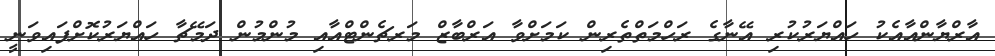
އާރްޔާންއާއެކު ހައްޔަރުކުރި އޭނާގެ ރަހްމަތްތެރިން ކަމަށްވާ އަރްބާޒް މަރޗެންޓްއާއި މުންމުން ދަމޭޗާ ހައްޔަރުކޮށްފައިވަނީ